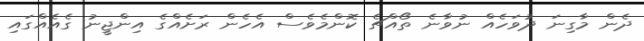
ދެން މާގިނަ ދުވަހެއް ނުވާނެ ތޯއްޗެ ކޮންމެވެސް އެހެން ރަށެއްގެ އިންޖީނު ގެއެއްގައި